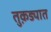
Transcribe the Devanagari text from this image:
तुक़ड्यात